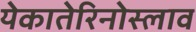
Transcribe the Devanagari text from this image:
येकातेरिनोस्लाव